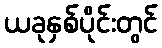
ယခုနှစ်ပိုင်းတွင်